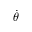
\dot { \theta }